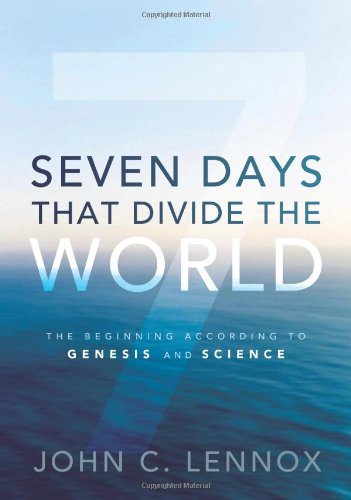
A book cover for Seven Days That Divide the World: The Beginning According to Genesis and Science; John C. Lennox; Science & Math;